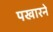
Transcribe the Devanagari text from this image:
पखारने